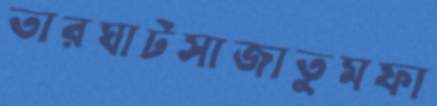
তারঘাটসাজাতুমফা